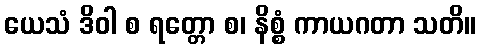
ယေသံ ဒိဝါ စ ရတ္တော စ၊ နိစ္စံ ကာယဂတာ သတိ။